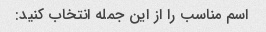
اسم مناسب را از این جمله انتخاب کنید: